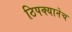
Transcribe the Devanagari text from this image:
ठिपक्यानेच